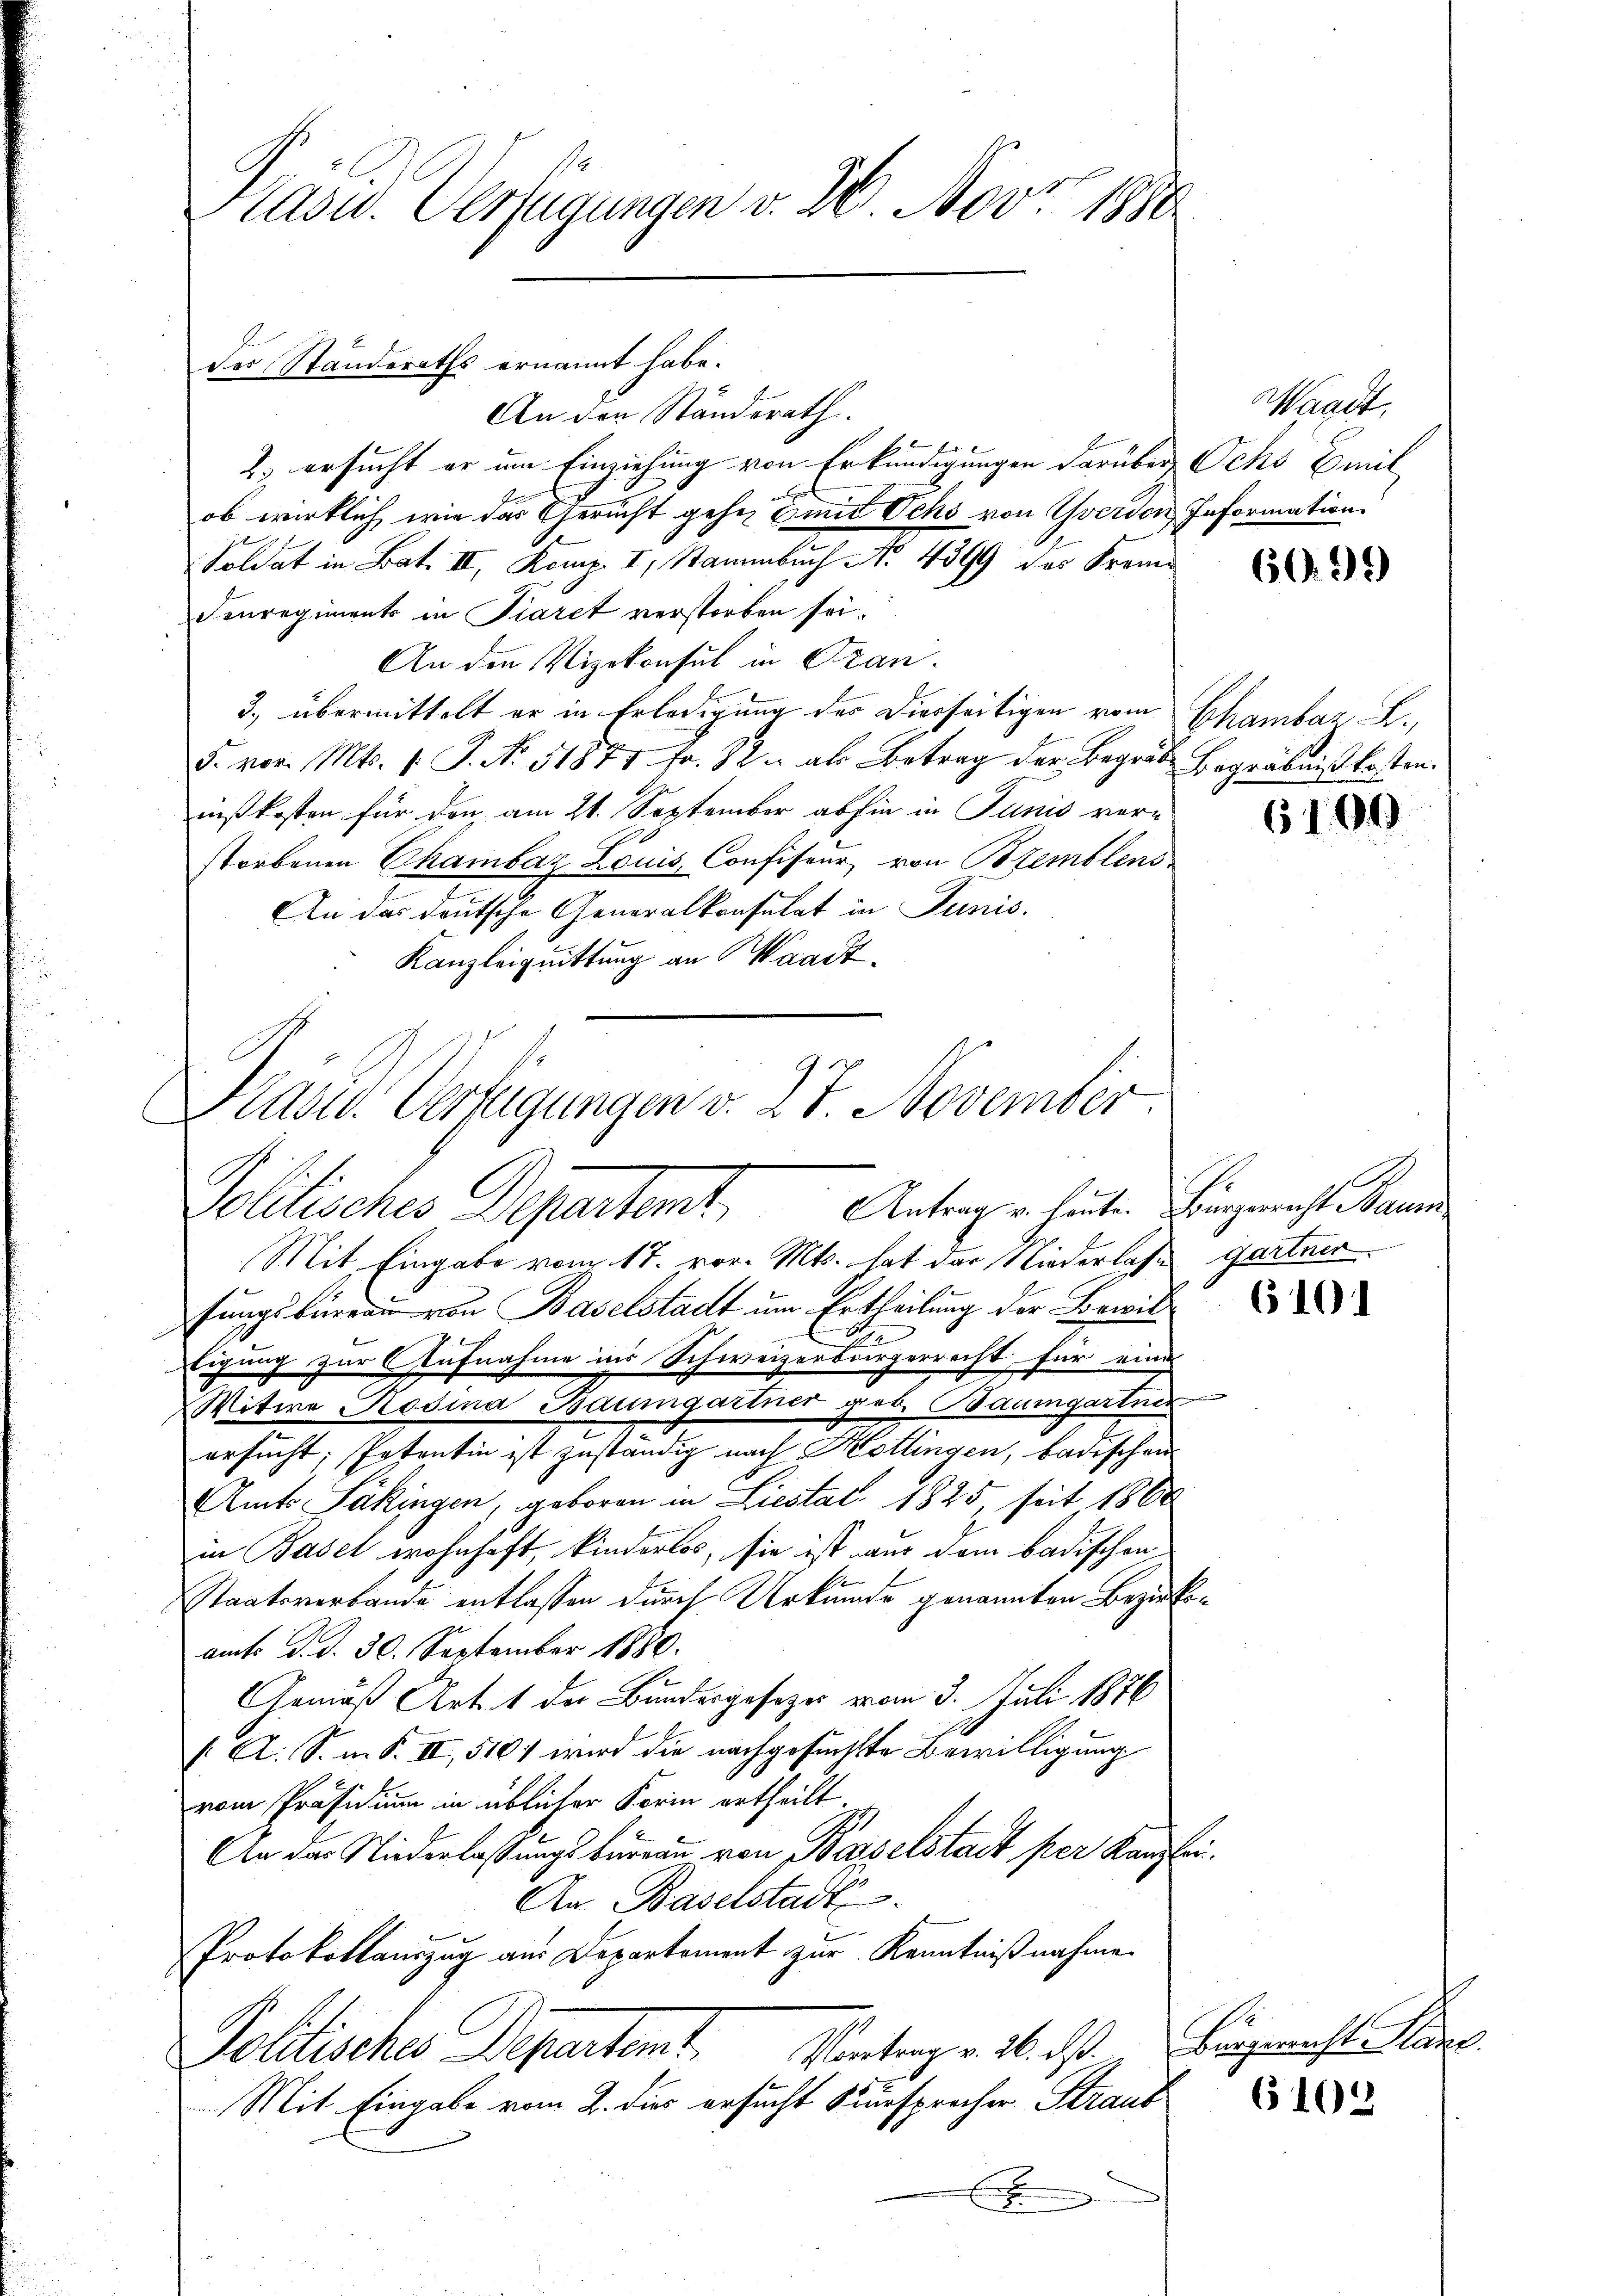
Präsid. Verfügungen v. 2. Nov. 1880

An den Ständerath.
f
2. ersucht er im Einziehung von Erkundigungen darüber Ochs Emil
ob wirklich wie das Gericht gehen Einit Ochs von Yverdon Information
Soldat in Bat. II, Komp. I, Stammbuch No. 4399 des Kram¬
Fenregiments in Fiaret verstorben sei.
An den Vizekonsul in Fran¬
3., übermittelt er in Erledigung des Dierseitigen vom
5. vor. Mts. 1. P. Nr. 51871 Fr. 12. als Betrag der Begräbe Begräbnißkosten.
nißkosten für den am 21. September abhin in Junis ver-
storbenen Chambaz Louis, Confiseur von Bremblens
An das deutsche Generalkonsulat in Tunis.
Kanzleiquittung an Waadt.
Mit Eingabe vom 17. vor. Mts. hat das Niederlasse gartner
fungsbureau von Baselstadt um Ertheilung der Bewil¬
Eigung zur Aufnahme in Schweizerbürgerrecht für eine
Witwe Rosina Baumgartner geb. Baumgartner
ersucht; Potentin ist zuständig nach Hottingen, badischen
Amts Pakingen, geboren in Liestat. 1825, seit 1860
in Basel wohnhaft, kinderlos, sie ist aus dem badischen
Staatsverbande entlassen durch Urkunde genannten Bezirksamts d. d. 30. September 1880.
Gemäß Art. 1 der Bundesgeseze vom 3. Juli 1876
( A. S. n. F. II, 5101 wird die nachgesuchte Bewilligung
vom Präsidium in üblicher Form ertheilt
An der Niederlassungsbureau von Basselstadt per Kanzlei.
An Baselstadt
Protokollauszug aus Departement zur Kenntnißnahme.
Vortrag v. 26. ds.
Politisches Departamt
Mit Eingabe vom 2. dies ersucht Kursprecher Straub
E

des Standeraths ernannt habe.

Präsid. Verfügungen v. 27. November.
Antrag u. laute. Bürgerrecht Baum
Politisches Departant,

Waadt,

6091)

Chambaz L.,

6100

6101

Bürgericht Plane.

6102